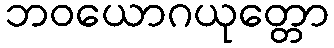
ဘဝယောဂယုတ္တော